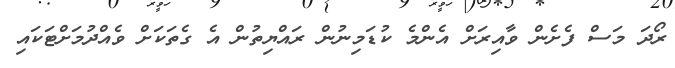
ރޯދަ މަސް ފެށެން ވާއިރަށް އެންމެ ކުޑަމިނުން ރައްޔިތުން އެ ގެތަކަށް ވެއްދުމަށްޓަކައި